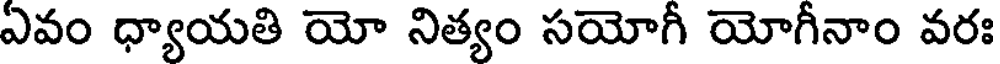
ఏవం ధ్యాయతి యో నిత్యం సయోగీ యోగీనాం వరః